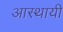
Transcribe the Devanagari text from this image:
आस्थायी